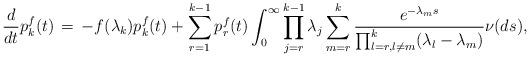
LaTeX: \begin{align*}&\frac{d}{dt} p_k^f(t)\, = \, -f(\lambda_k) p_k^f(t)+ \sum_{r=1}^{k-1} p_r^f(t) \int _0^\infty \prod_{j=r}^{k-1} \lambda_j \sum_{m=r}^{k} \frac{e^{-\lambda_m s }}{ \prod_{l=r , l \neq m}^{k} (\lambda_l-\lambda_m )} \nu (ds), \end{align*}